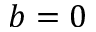
b = 0